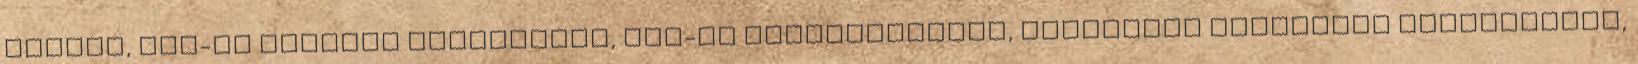
tükrök, LED-es Adaptív fényszórók, LED-es ködfényszórók, távolsági fényszóró asszisztens,